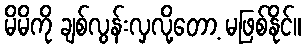
မိမိကို ချစ်လွန်းလှလို့တော့ မဖြစ်နိုင်။